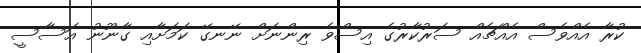
ކުރާ އެއްވެސް އެއްޗެއް ސަރުކާރުގެ އިސްވެ ރިންނަށް ނޭނގޭ ކަމަށާއި ގާނޫނު އަސާސީ